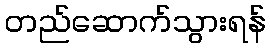
တည်ဆောက်သွားရန်